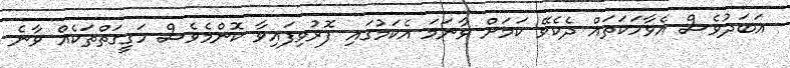
އަބަދުވެސް އެވާހަކަތައް ދެކެވޭ ކަމަށް ވާނަމަ އެކަމުގައި ފޮރުވިފައިވާ ކޮންމެވެސް ހަގީގަތްތަކެއް ވާނެ